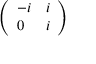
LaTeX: \left( \begin{array} { l l } { - i } & { i } \\ { 0 } & { i } \end{array} \right)